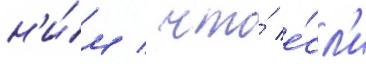
н'и́м / что́ е́сл'и